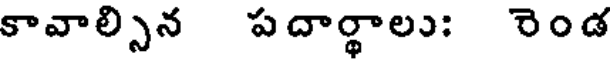
కావాల్సిన పదార్థాలు: రెండ